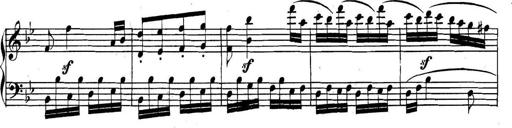
Title: Collected Piano Sonatas
Composer: Muzio Clementi